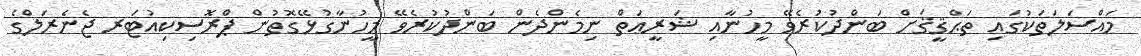
މައްސަލަތަކުގައި ތަޙްޤީޤަށް ބަންދުކުރެވޭ މީހުނާއި ޝަރީޢަތް ނިމެންދެން ބަންދުކުރެވޭ މީހުނާގުޅޭގޮތުން ޕްރޮސިކިއުޓަރ ޖެނެރަލްގެ